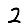
Digit: 2